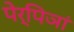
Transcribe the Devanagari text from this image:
पेर्पिञां